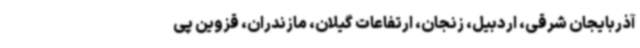
آذربایجان شرقی، اردبیل، زنجان، ارتفاعات گیلان، مازندران، قزوین پی